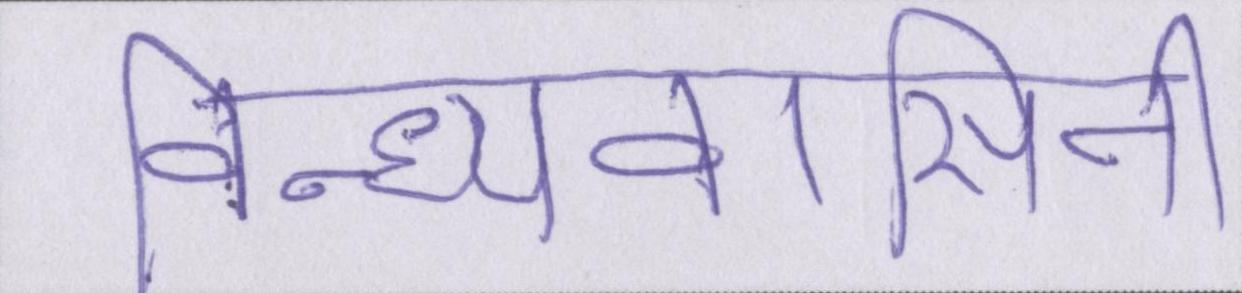
विन्ध्यवासिनी